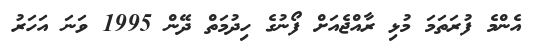
އެންމެ ފުރަތަމަ މުޅި ރާއްޖެއަށް ފޯނުގެ ހިދުމަތް ދޭން 1995 ވަނަ އަހަރު